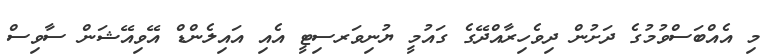
މި އެއްބަސްވުމުގެ ދަށުން ދިވެހިރާއްދޭގެ ގައުމީ ޔުނިވަރސިޓީ އެއި އައިލެންޑް އޭވިއޭޝަން ސާވިސް